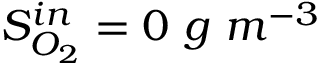
S _ { O _ { 2 } } ^ { i n } = 0 \ g \ m ^ { - 3 }